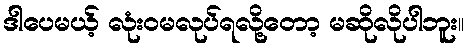
ဒါပေမယ့် လုံးဝမလုပ်ရလို့တော့ မဆိုလိုပါဘူး။